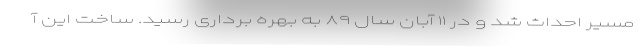
مسیر احداث شد و در ۱۱ آبان سال ۸۹ به بهره برداری رسید. ساخت این آ